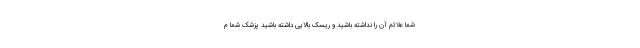
شما علائم آن را نداشته باشید و ریسک بالایی داشته باشید پزشک شما م